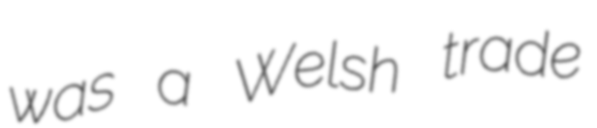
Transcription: was a Welsh trade